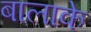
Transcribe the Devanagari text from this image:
बालाके